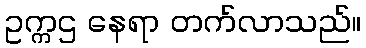
ဥက္ကဌ နေရာ တက်လာသည်။